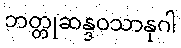
ဘတ္တုဆန္ဒဝသာနုဂါ